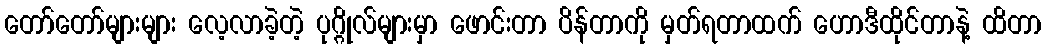
တော်တော်များများ လေ့လာခဲ့တဲ့ ပုဂ္ဂိုလ်များမှာ ဖောင်းတာ ပိန်တာကို မှတ်ရတာထက် ဟောဒီထိုင်တာနဲ့ ထိတာ